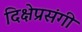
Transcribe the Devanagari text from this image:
दिक्षेप्रसंगी